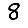
Digit: 8